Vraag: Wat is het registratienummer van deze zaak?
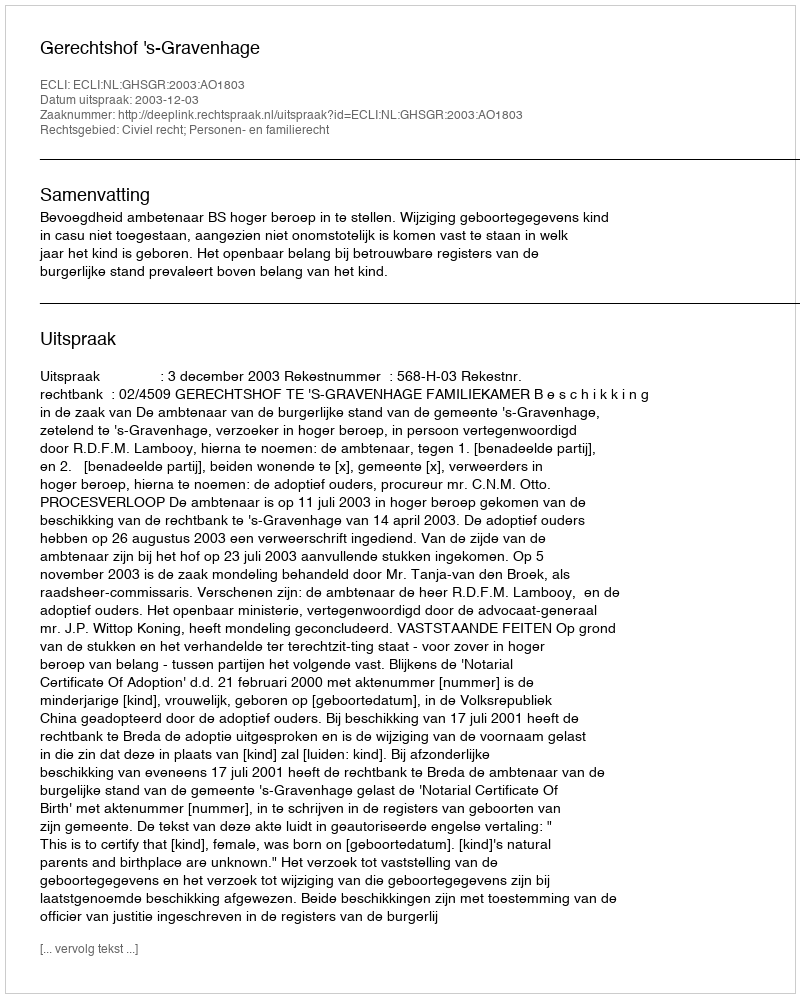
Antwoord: http://deeplink.rechtspraak.nl/uitspraak?id=ECLI:NL:GHSGR:2003:AO1803